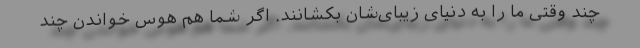
چند وقتی ما را به دنیای زیبای‌شان بکشانند. اگر شما هم هوس خواندن چند